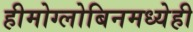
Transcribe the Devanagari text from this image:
हीमोग्लोबिनमध्येही